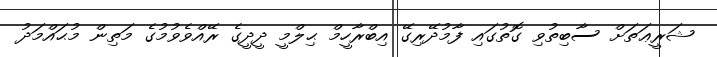
ޝަރީޢަތަށް ސާބިތުވި ގޮތުގައި ފާމުދޭރިގޭ އިބްރާހީމް ޙިލްމީ ދީދީގެ ރޭއްވެވުމުގެ މަތިން މުޙައްމަދު